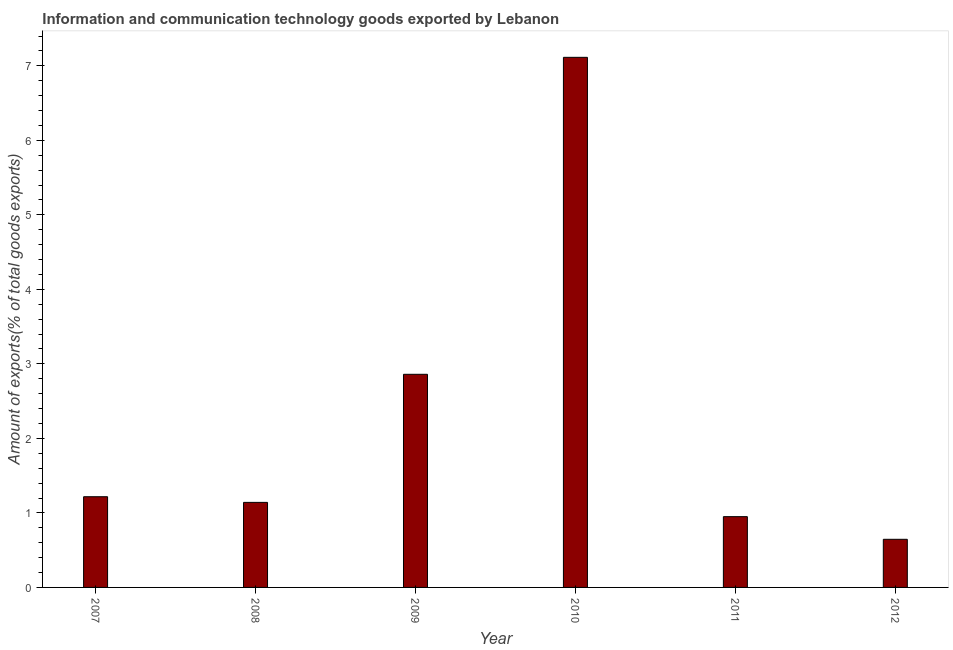
| Year | ICT goods exports |
 | --- | --- |
 | 2007 | 1.22 |
 | 2008 | 1.14 |
 | 2009 | 2.86 |
 | 2010 | 7.11 |
 | 2011 | 0.95 |
 | 2012 | 0.646 |